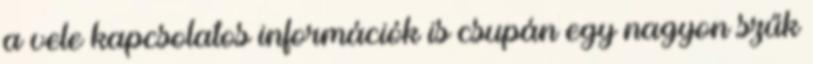
a vele kapcsolatos információk is csupán egy nagyon szűk